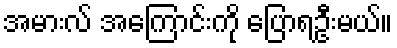
အမားလ် အကြောင်းကို ပြောရဦးမယ်။